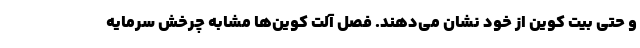
و حتی بیت کوین از خود نشان می‌دهند. فصل آلت کوین‌ها مشابه چرخش سرمایه